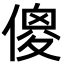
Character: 傻